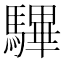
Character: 驆